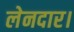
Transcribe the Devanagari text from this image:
लेनदार।